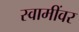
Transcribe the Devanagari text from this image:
स्वामींवर